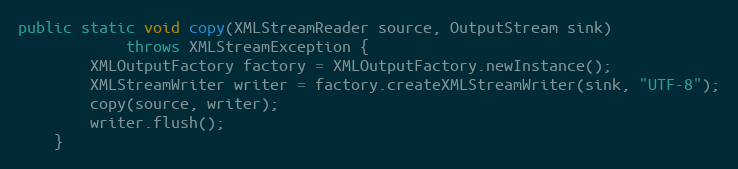
Language: Java
public static void copy(XMLStreamReader source, OutputStream sink)
            throws XMLStreamException {
        XMLOutputFactory factory = XMLOutputFactory.newInstance();
        XMLStreamWriter writer = factory.createXMLStreamWriter(sink, "UTF-8");
        copy(source, writer);
        writer.flush();
    }